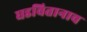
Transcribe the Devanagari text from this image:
घडवितानाच